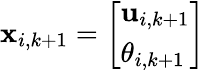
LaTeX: \mathbf{x}_{i,k+1}=\left[\begin{array}{l}{\mathbf{u}_{i,k+1}}\\ {\theta_{i,k+1}}\end{array}\right]